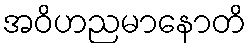
အဝိဟညမာနောတိ